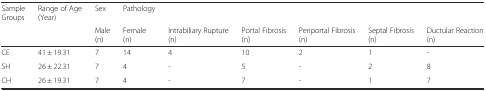
<table><thead><tr><td><b>Sample Groups</b></td><td><b>Range of Age (Year)</b></td><td><b>Sex</b></td><td><b>Pathology</b></td><td></td><td></td><td></td><td></td><td></td></tr><tr><td></td><td></td><td><b>Male (n)</b></td><td><b>Female (n)</b></td><td><b>Intrabiliary Rupture (n)</b></td><td><b>Portal Fibrosis (n)</b></td><td><b>Periportal Fibrosis (n)</b></td><td><b>Septal Fibrosis (n)</b></td><td><b>Ductular Reaction (n)</b></td></tr></thead><tbody><tr><td>CE</td><td>41 ± 19.31</td><td>7</td><td>14</td><td>4</td><td>10</td><td>2</td><td>1</td><td>-</td></tr><tr><td>SH</td><td>26 ± 22.31</td><td>7</td><td>4</td><td>-</td><td>5</td><td>-</td><td>2</td><td>8</td></tr><tr><td>CH</td><td>26 ± 19.31</td><td>7</td><td>4</td><td>-</td><td>7</td><td>-</td><td>1</td><td>7</td></tr></tbody></table>